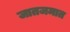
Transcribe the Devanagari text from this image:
जातजमात